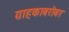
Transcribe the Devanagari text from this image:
ग्राहकाबरोबर